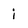
Character: i